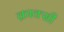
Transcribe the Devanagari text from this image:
क्राक्सी